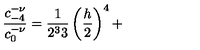
\frac { c _ { - 4 } ^ { - \nu } } { c _ { 0 } ^ { - \nu } } = \frac 1 { 2 ^ { 3 } 3 } \left( \frac h 2 \right) ^ { 4 } +